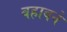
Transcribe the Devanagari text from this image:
वहाबने